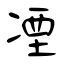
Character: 凐